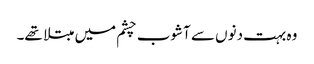
وہ بہت دنوں سے آشوب چشم میں مبتلا تھے۔